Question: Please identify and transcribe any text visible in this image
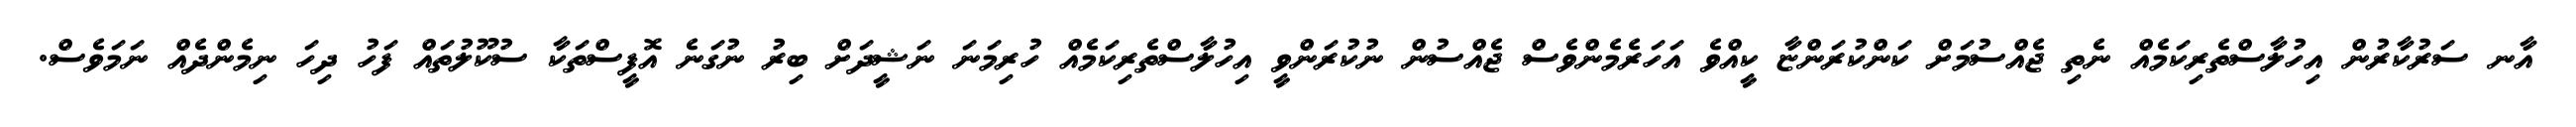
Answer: އާނ ސަރުކާރުން އިހުލާސްތެރިކަމެއް ނެތި ޖެއްސުމަށް ކަންކުރަންޏާ ކީއްވެ އަހަރެމެންވެސް ޖެއްސުން ނުކުރަންވީ އިހުލާސްތެރިކަމެއް ހުރިމަނަ ނަޝީދަށް ބިރު ނުގަނެ އޮފީސްތަކާ ސުކޫލުތައް ފަހު ދިހަ ނިމެންދެއް ނަމަވެސް.